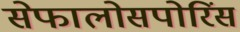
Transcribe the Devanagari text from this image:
सेफालोसपोरिंस